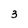
Character: 3